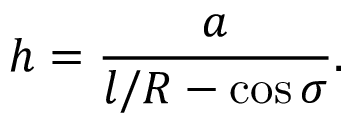
h = \frac { a } { l / R - \cos \sigma } .